Indian journal of veterinary science and animal husbandry - Volume 3,
Year: 1933
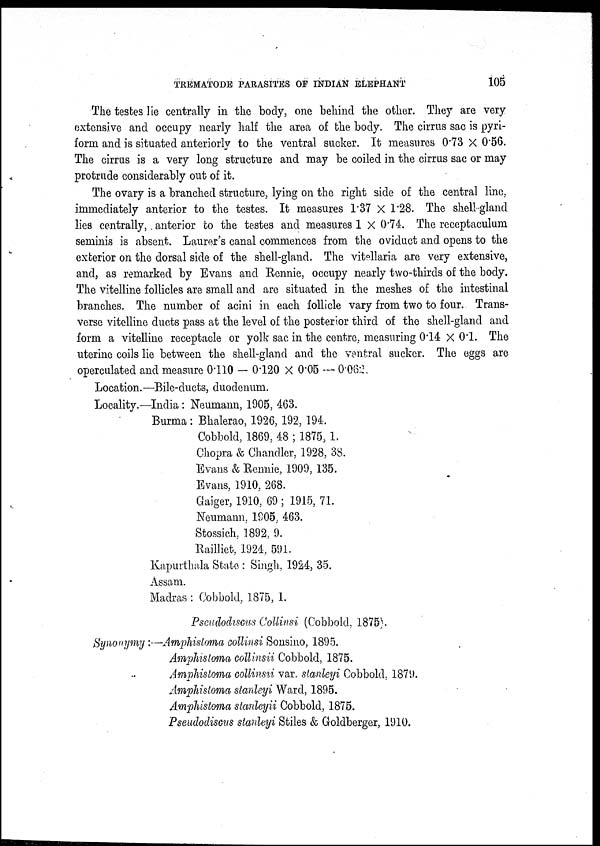
TREMATODE PARASITES OF INDIAN ELEPHANT
105
The testes lie centrally in the body, one behind the other. They are very
extensive and occupy nearly half the area of the body. The cirrus sac is pyri¬
form and is situated anteriorly to the ventral sucker. It measures 0.73 × 0.56.
The cirrus is a very long structure and may be coiled in the cirrus sac or may
protrude considerably out of it.
The ovary is a branched structure, lying on the right side of the central line,
immediately anterior to the testes. It measures 1.37 × 1.28. The shell gland
lies centrally, anterior to the testes and measures 1 × 0.74. The receptaculum
seminis is absent. Laurer's canal commences from the oviduct and opens to the
exterior on the dorsal side of the shell-gland. The vitellaria are very extensive,
and, as remarked by Evans and Rennie, occupy nearly two-thirds of the body.
The vitelline follicles are small and are situated in the meshes of the intestinal
branches. The number of acini in each follicle vary from two to four. Trans-
verse vitelline ducts pass at the level of the posterior third of the shell-gland and
form a vitelline receptacle or yolk sac in the centre, measuring 0.14 × 0.1. The
uterine coils lie between the shell-gland and the ventral sucker. The eggs are
operculated and measure 0.110 — 0.120 × 0.05 — 0.662.
Location.—Bile-ducts, duodenum.
Locality.—India : Neumann, 1905, 463.
Burma: Bhalerao, 1926, 192, 194.
Cobbold, 1869, 48 ; 1875, 1.
Chopra & Chandler, 1928, 38.
Evans & Rennie, 1909, 135.
Evans, 1910, 268.
Gaiger, 1910, 69 ; 1915, 71.
Neumann, 1905, 463.
Stossich, 1892, 9.
Railliet, 1924, 591.
Kapurthala State : Singh, 1924, 35.
Assam.
Madras : Cobbold, 1875, 1.
Pseudodiscus Collinsi (Cobbold, 1875.
Synonymy :—Amphistoma collinsi Sonsino, 1895.
Amphistoma collinsii Cobbold, 1875.
Amphistoma collinsii var. stanleyi Cobbold, 1879.
Amphistoma stanleyi Ward, 1895.
Amphistoma stanleyii Cobbold, 1875.
Pseudodiscus stanleyi Stiles & Goldberger, 1910.